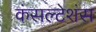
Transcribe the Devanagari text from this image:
कंसल्टेशंस